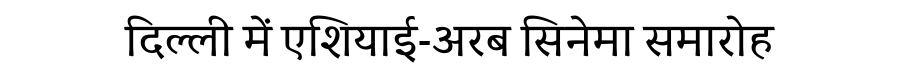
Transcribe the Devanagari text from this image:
दिल्ली में एशियाई-अरब सिनेमा समारोह